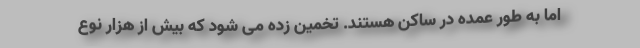
اما به طور عمده در ساکن هستند. تخمین زده می شود که بیش از هزار نوع